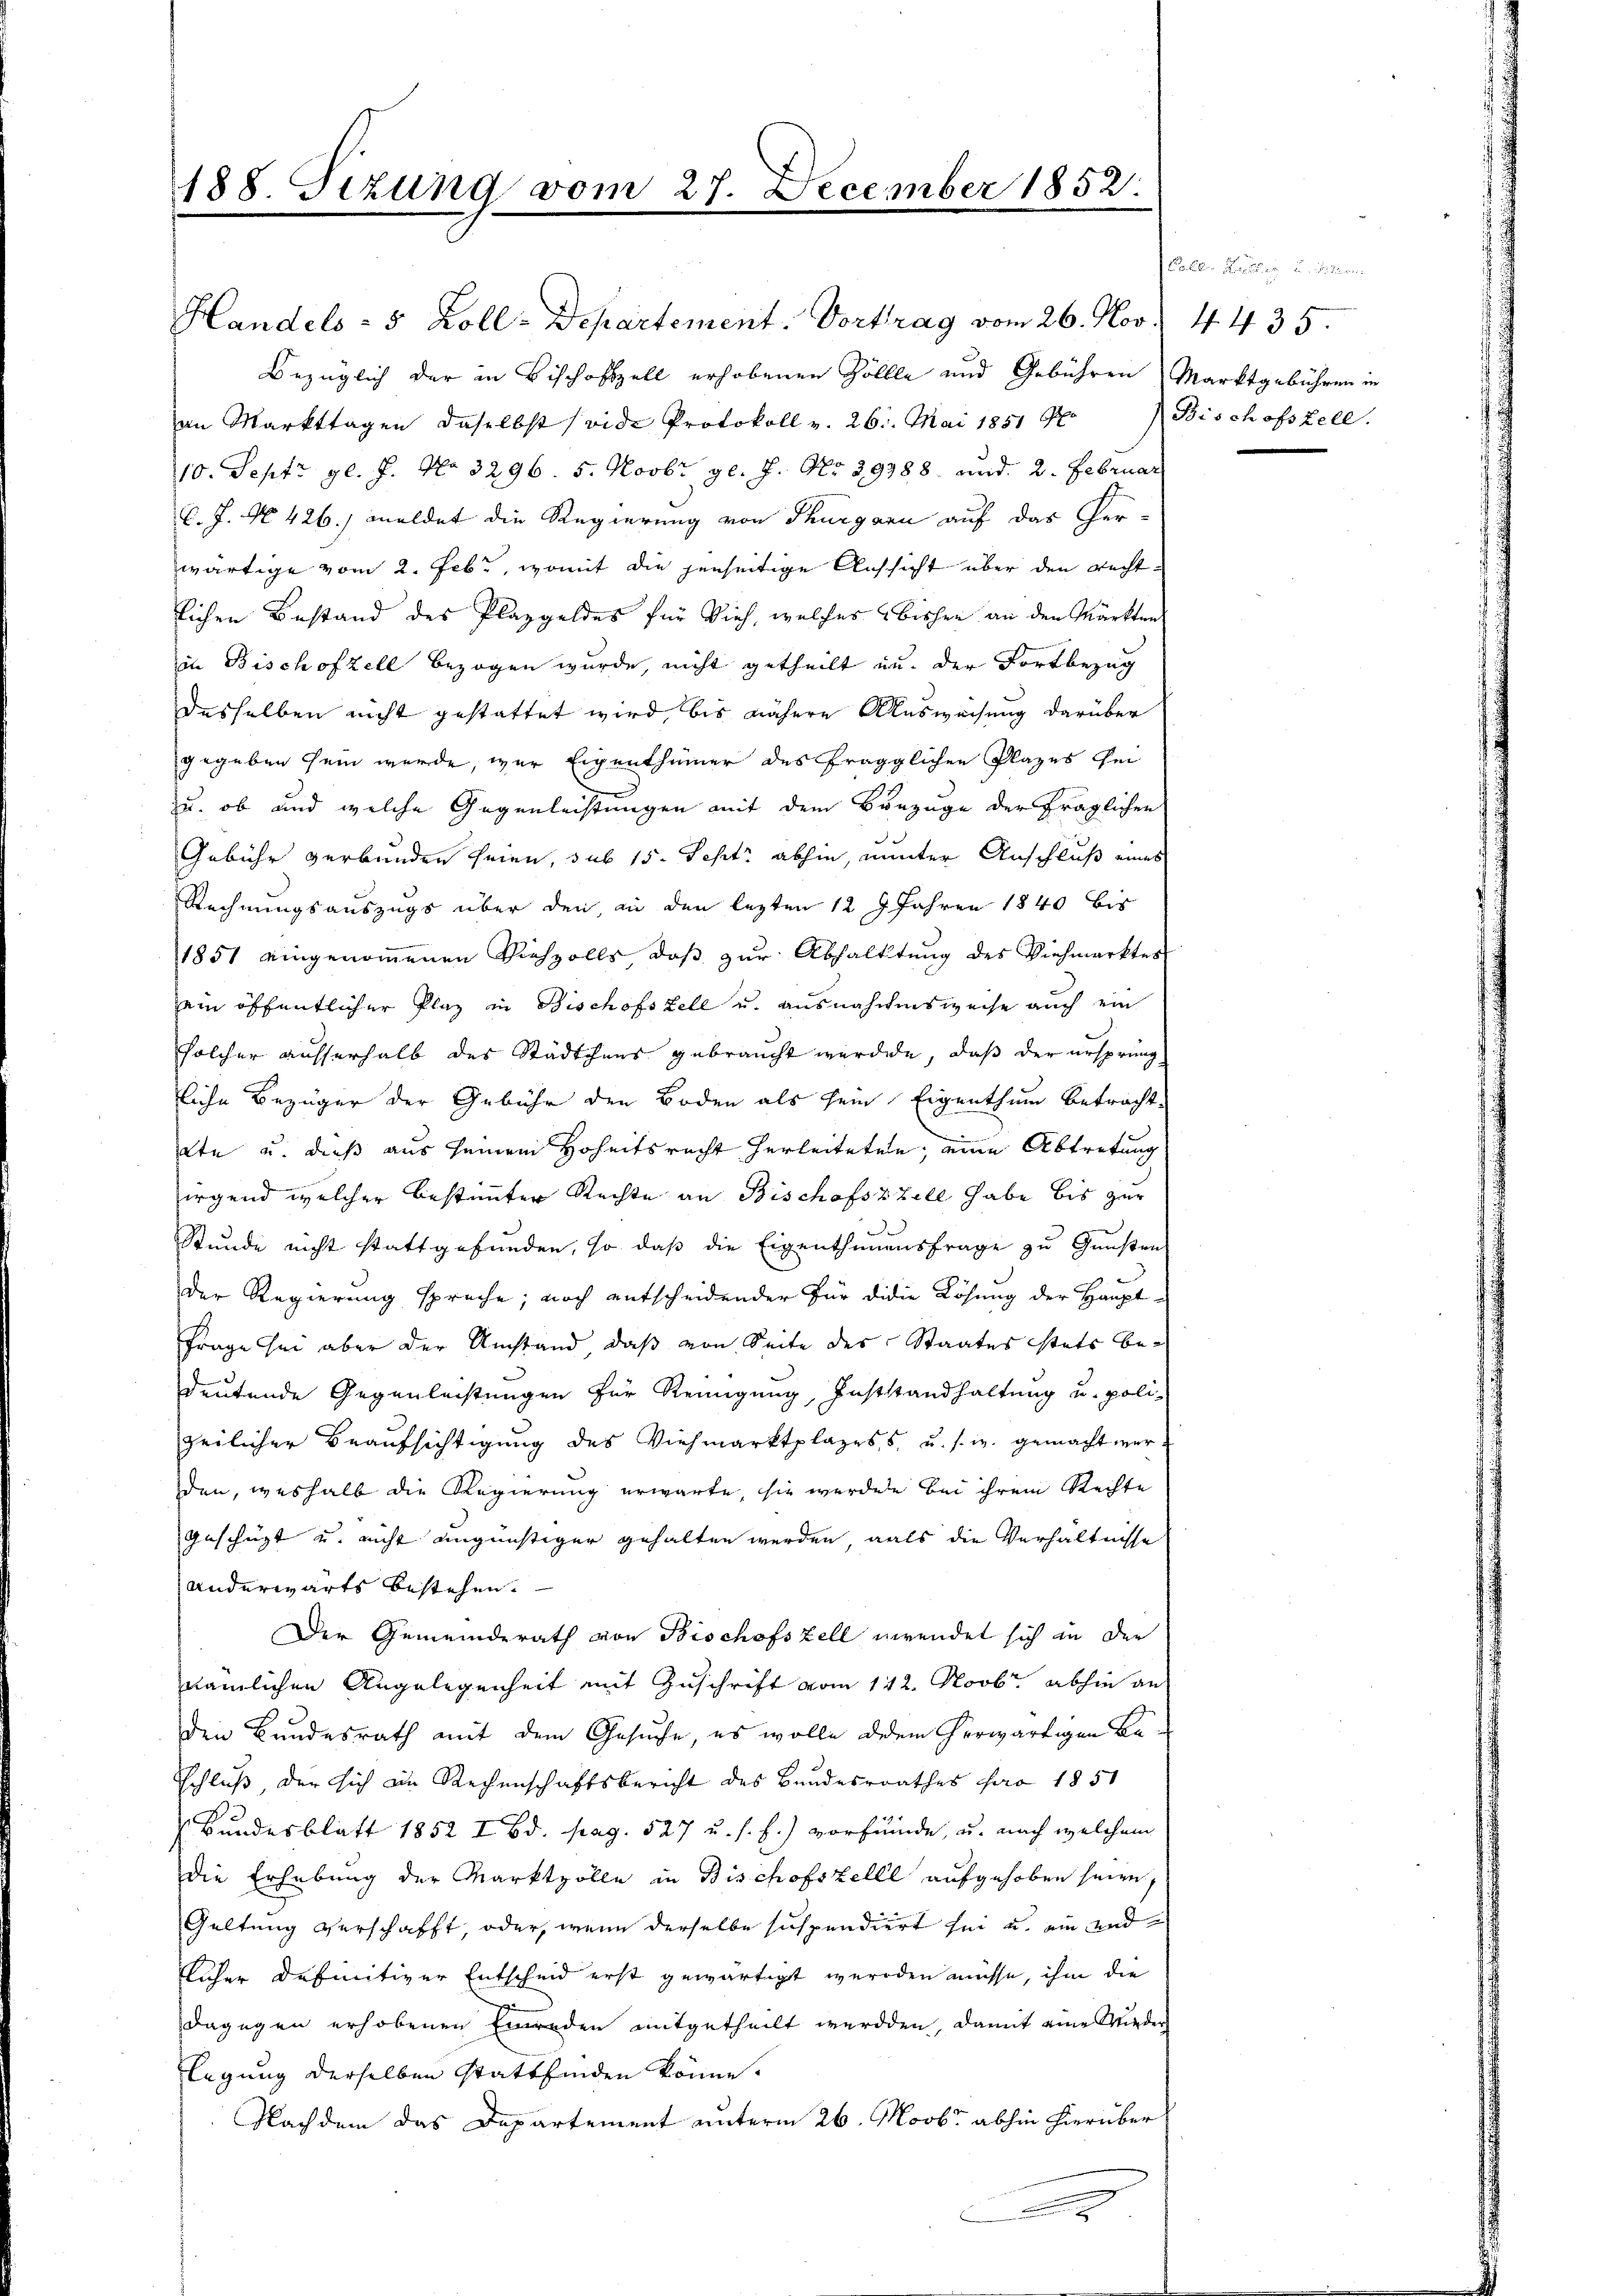
188. Sizung vom 27. December 1852

an Markttagen daselbst (vide Protokoll v. 26. Mai 1851 Nr. Bischofszell.
10. Sept gl. J. No 3296. 5. Novbr. gl. J. No 39388 und 2. Februar
C. J. No. 426.) meldet die Regierung von Thurgann auf das Per-
wärtige vom 2. Febr., womit die jenseitige Aussicht über den Rechtlichen Bestand des Plazgeldes für Vieh, welches bisher an den Märkten
in Bischofzell bezogen wurde, nicht getheilt zu der Fortbezug
desselben nicht gestattet wird, bis nähere Ausweisung darüber
gegeben sein werde, wer Eigenthümer des Frägglichen Plazes sei
u. ob und welche Gegenleistungen mit dem Bunzuge der fraglichen

Gebühr verbunden seien, sub 15. Sept. abhin, inter Anschluß eines
Rechnungsauszugs über den an den lezten 12 9 Jahren 1840 bis
1851 eingenoṁenen Viehzolls, daβ zŭr Abhalktŭng des Viehmarkter
ein öffentlicher Plaz in Bischofszell u. ausnahmensweise auch ein
solcher ausserhalb des Städtchens gebraucht werde, daß der ursprung
liche Bezüger der Gebühr den Boden als sein Eigenthum betracht
2te u. dieß aus seinem Hoheitsrecht herleiteten, eine Abtretung
irgend welcher bestimmter Rechte an Bischofszzill habe bis zur
Stunde nicht stattgefunden, so daß die Eigenthumensfrage zu Gunsten
der Regierung sprache; noch entscheidender für didie Lösung der Haupt¬
Frage sei aber der Umstand, daß von Seite des Staates stets be-
deutende Gegenleistungen für Reinigung, Gaststandhaltung u. polizeilicher Beaufsichtigung des Viehmarktplazess, u. s. w. gemacht werden, weshalb die Regierung erwarte, sie werden bei ihrem Rechte
geschüzt u. nicht ungünstiger gehalten werden, als die Verhältnisse
anderwärts bestehen.
Der Gemeinderath von Bischofszell verendet sich in der
nämlichen Angelegenheit mit Zuschrift vom 112. Novbr. abhin an
den Bundesrath mit dem Gesuche, es wolle dem herwärtigen Be¬
Schluß, der sich im Rechenschaftsbericht des Bundesrathes pro 1851
 Bundesblatt 1852 I Bd. pag. 527 u. s. f.) vorfünde, u. nach welchem
die Erhebung der Marktzolle in Bischofszelle aufgehoben seien,
Geltung verschafft, oder, wenn derselbe sich pendiert sei u. ein und
licher definitiver Entscheid erst gewärtigt werden müsse, ihm die
dagegen erhobenen Einreden mitgetheilt werden, damit eine Wieder
legung derselben stattfinden könne.
Nachdem das Departement unterm 26. Moobr abhin hierüber
.

Handels - 5 Zoll-Departement. Vortrag vom 26. Nov.
Bezüglich der in Bischofzell erhobenen Zollle und Gebühren Marktgebühren in

4. 435